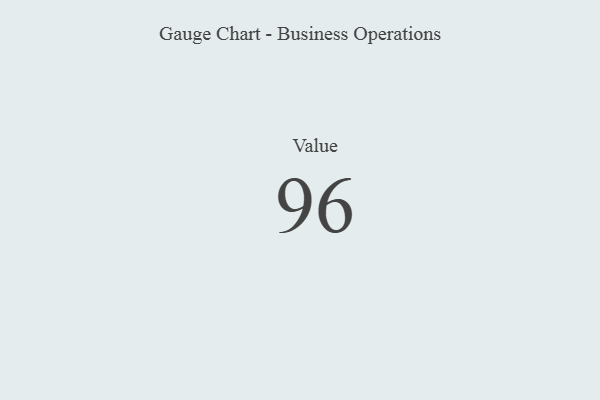
{"axis": {"x": "Metric", "y": "Value"}, "legend": [""], "data": [{"x": "Value", "y": 96, "type": ""}]}